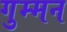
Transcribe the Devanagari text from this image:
गुम्मन